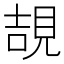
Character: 𧠯